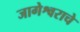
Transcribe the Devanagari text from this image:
जागेश्वराचे